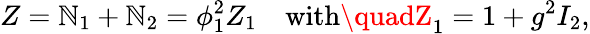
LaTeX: Z=\mathbb{N}_{1}+\mathbb{N}_{2}=\phi_{1}^{2}Z_{1}\quad\mathrm{{with}}\quadZ_{1}=1+g^{2}I_{2},